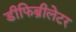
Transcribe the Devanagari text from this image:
डीफिब्रीलेटर